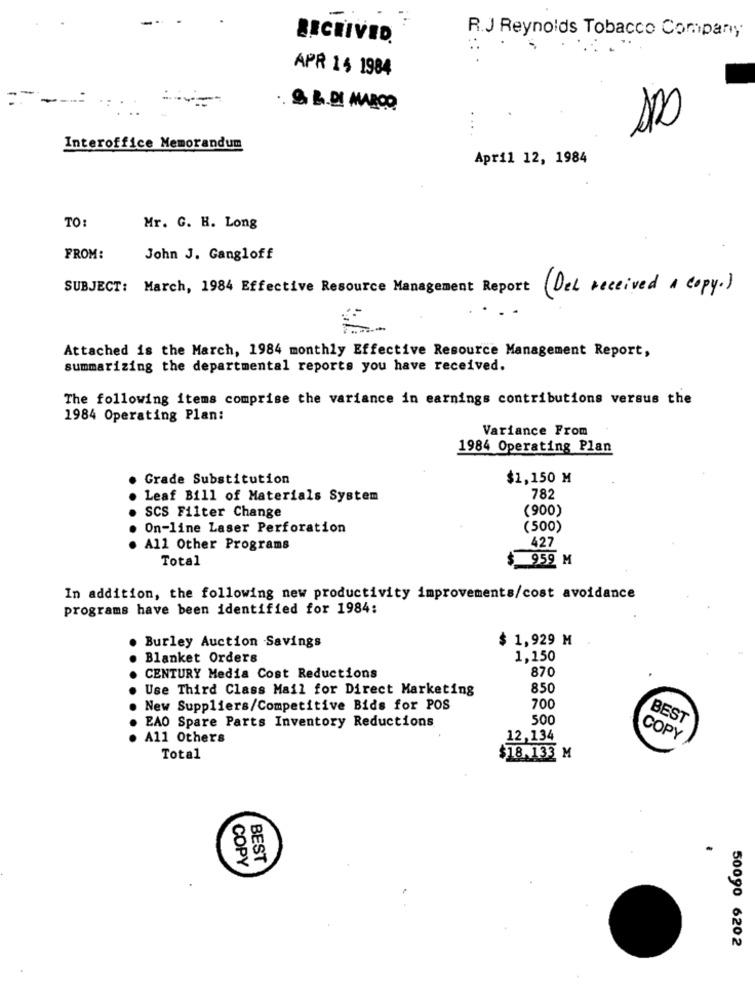
R.J Reynolds Tobacco Company
RECEIVED
APR 14 1984
....
Interoffice Memorandum
April 12, 1984
TO:
Mr. G. H. Long
FROM:
John J. Gangloff
SUBJECT: March, 1984 Effective Resource Management Report
( Del received a copy. )
Attached is the March, 1984 monthly Effective Resource Management Report,
summarizing the departmental reports you have received.
The following items comprise the variance in earnings contributions versus the
1984 Operating Plan:
Variance From
1984 Operating Plan
Grade Substitution
$1,150 M
Leaf Bill of Materials System
782
(900)
SCS Filter Change
On-line Laser Perforation
(500)
All Other Programs
427
Total
959 M
In addition, the following new productivity improvements/cost avoidance
programs have been identified for 1984:
$ 1,929 M
. Burley Auction Savings
Blanket Orders
1,150
870
CENTURY Media Cost Reductions
Use Third Class Mail for Direct Marketing
850
New Suppliers/Competitive Bids for POS
700
EAO Spare Parts Inventory Reductions
500
BEST
A11 Others
12,134
COPY
Total
$18.133 M
BEST
COPY
50090 6202